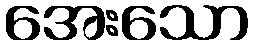
အေးသော